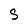
Character: S